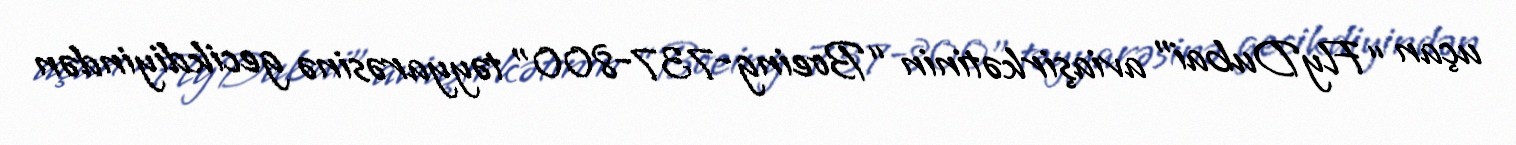
uçan “FlyDubai” aviaşirkətinin “Boeing-737-800” təyyarəsinə gecikdiyindən